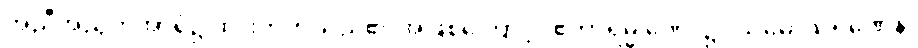
အညီအညွတ်အာရုံ၌ ထားတတ်သည်၏ အဖြစ်ကြောင့်။ ဧကာရမ္မ ဏေ၊ ၌။ သမောသရဏေန၊